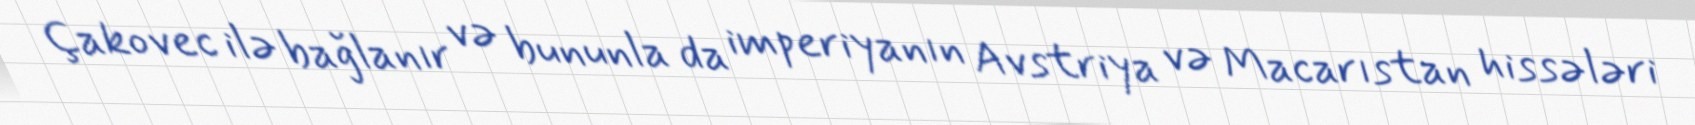
Çakovec ilə bağlanır və bununla da imperiyanın Avstriya və Macarıstan hissələri